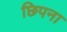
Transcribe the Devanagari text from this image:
छिपना